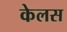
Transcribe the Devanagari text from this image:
केलस